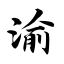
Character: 渝